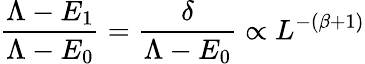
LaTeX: \frac{\Lambda-E_{1}}{\Lambda-E_{0}}=\frac{\delta}{\Lambda-E_{0}}\propto L^{-(\beta+1)}